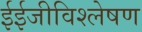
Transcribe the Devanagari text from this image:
ईईजीविश्लेषण